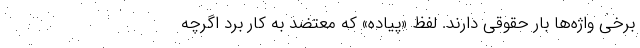
برخی واژه‌ها بار حقوقی دارند. لفظ «پیاده» که معتضد به کار برد اگرچه